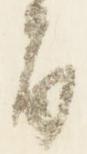
旨